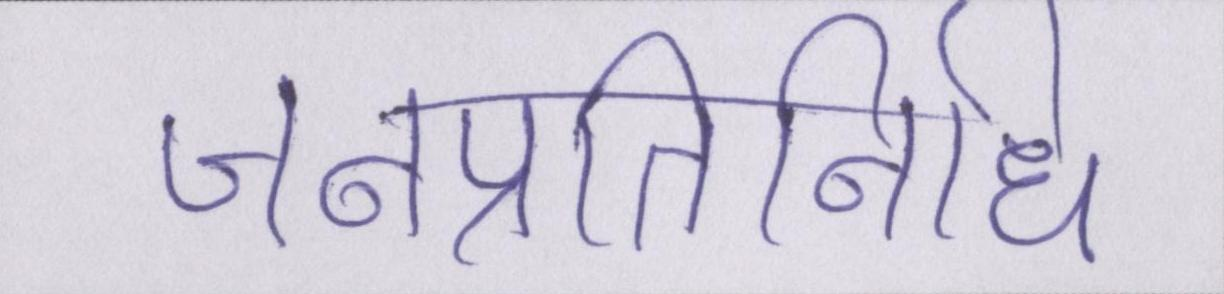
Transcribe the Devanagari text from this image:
जनप्रतिनिधि